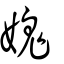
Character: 媿